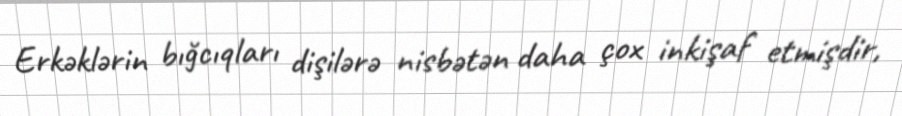
Erkəklərin bığcıqları dişilərə nisbətən daha çox inkişaf etmişdir,